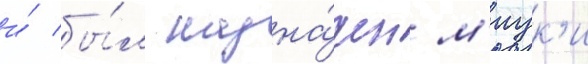
и́ бы́л назна́чен м'иук'и